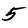
Digit: 5